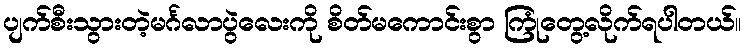
ပျက်စီးသွားတဲ့မင်္ဂလာပွဲလေးကို စိတ်မကောင်းစွာ ကြုံတွေ့လိုက်ရပါတယ်။